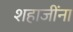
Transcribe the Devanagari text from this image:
शहाजींना